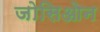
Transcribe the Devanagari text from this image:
जोसिओन